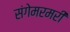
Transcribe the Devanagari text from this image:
संगेमरमरी